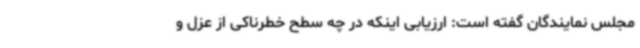
مجلس نمایندگان گفته است: ارزیابی اینکه در چه سطح خطرناکی از عزل و